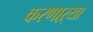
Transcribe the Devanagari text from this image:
करणाऱ्‍या